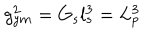
g _ { y m } ^ { 2 } = G _ { s } l _ { s } ^ { 3 } = L _ { p } ^ { 3 }